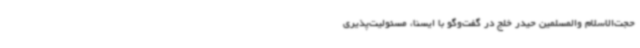
حجت‌الاسلام والمسلمین حیدر خلج در گفت‌وگو با ایسنا، مسئولیت‌پذیری